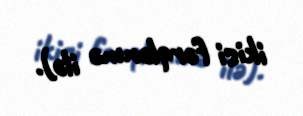
ikisi fərqlənmə ilə).